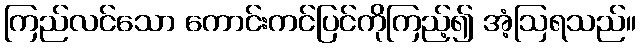
ကြည်လင်သော ကောင်းကင်ပြင်ကိုကြည့်၍ အံ့ဩရသည်။